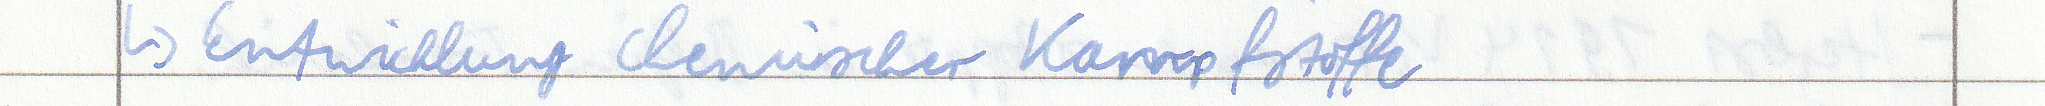
-> Entwicklung chemischer Kampfstoffe